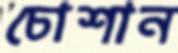
চোশান